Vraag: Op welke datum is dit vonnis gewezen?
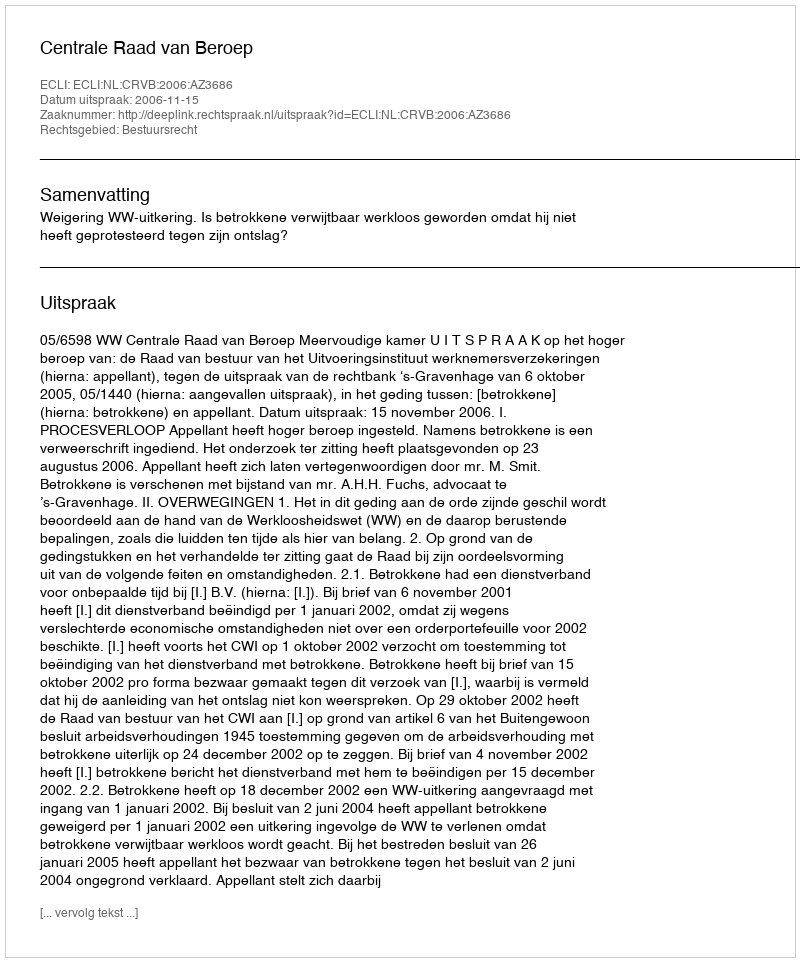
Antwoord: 2006-11-15